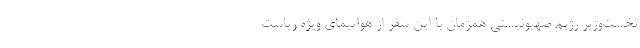
نخست‌وزیر رژیم صهیونیستی همزمان با این سفر از هواپیمای ویژه ریاست